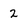
Character: 2